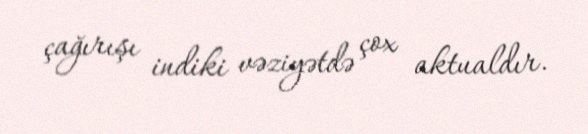
çağırışı indiki vəziyətdə çox aktualdır.